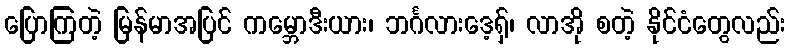
ပြောကြတဲ့ မြန်မာအပြင် ကမ္ဘောဒီးယား၊ ဘင်္ဂလားဒေ့ရှ်၊ လာအို စတဲ့ နိုင်ငံတွေလည်း